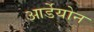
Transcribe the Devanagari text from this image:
आर्डेयोन